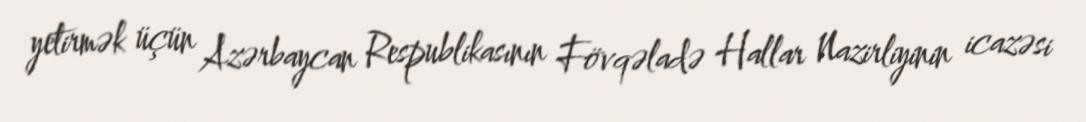
yetirmək üçün Azərbaycan Respublikasının Fövqəladə Hallar Nazirliyinin icazəsi